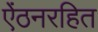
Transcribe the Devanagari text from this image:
ऐंठनरहित